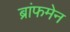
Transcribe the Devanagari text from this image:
ब्रांफमेन